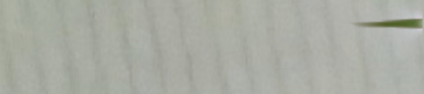
الكمية محدودة